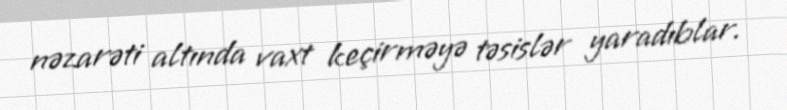
nəzarəti altında vaxt keçirməyə təsislər yaradıblar.